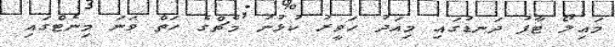
މައިލޯ ޓާފު ދަނޑުގައި މިއަދު ހަވީރު ކުޅުނު މެޗްގެ ހަތް ވަނަ މިނެޓްގައި